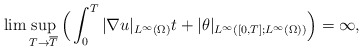
\begin{align*}\lim \sup_{ T \rightarrow \overline{T}} \Big(\int_0^T |\nabla u|_{ L^\infty(\Omega)}t+|\theta|_{L^\infty([0,T];L^\infty(\Omega))}\Big)=\infty,\end{align*}